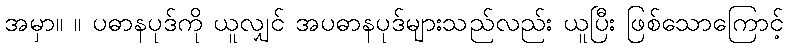
အမှာ။ ။ ပဓာနပုဒ်ကို ယူလျှင် အပဓာနပုဒ်များသည်လည်း ယူပြီး ဖြစ်သောကြောင့်